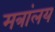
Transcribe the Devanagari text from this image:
मत्रांलय